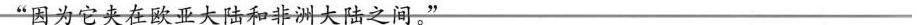
”因为它夹在欧亚大陆和非洲大陆之间。”